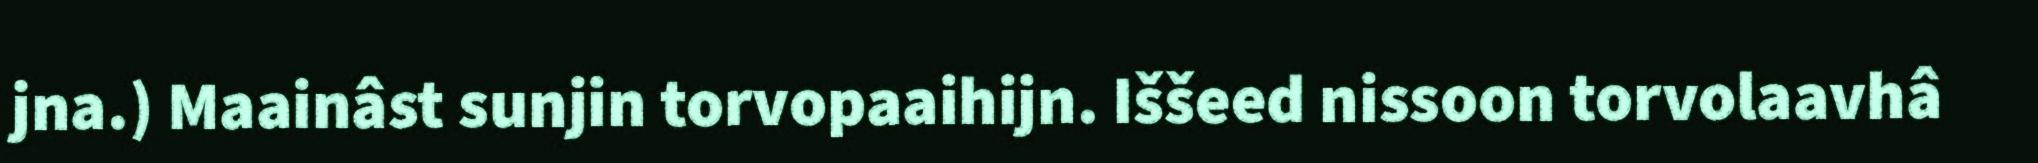
jna.) Maainâst sunjin torvopaaihijn. Iššeed nissoon torvolaavhâ